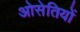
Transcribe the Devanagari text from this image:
ओसेतियों